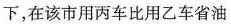
下，在该市用丙车比用乙车省油